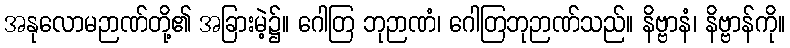
အနုလောမဉာဏ်တို့၏ အခြားမဲ့၌။ ဂေါတြ ဘုဉာဏံ၊ ဂေါတြဘုဉာဏ်သည်။ နိဗ္ဗာနံ၊ နိဗ္ဗာန်ကို။